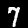
Digit: 7